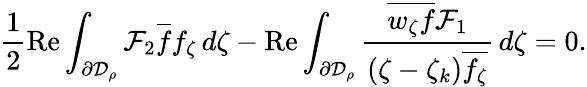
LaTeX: {\frac 12\operatorname{Re}\int_{\partial\mathcal{D}_{\rho}}\mathcal{F}_{2}\overline{f}f_{\zeta}\, d\zeta-\operatorname{Re}\int_{\partial\mathcal{D}_{\rho}}\frac{\overline{{w_{\zeta}f}}\mathcal{F}_{1}}{(\zeta-\zeta_{k})\overline{{f_{\zeta}}}}\, d\zeta=0.}